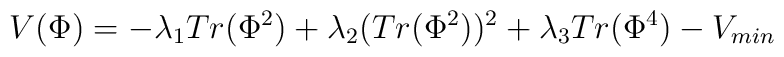
V(\Phi)=-\lambda_1 Tr(\Phi^2)+\lambda_2 (Tr(\Phi^2))^2+\lambda_3 Tr(\Phi^4)-V_{min}